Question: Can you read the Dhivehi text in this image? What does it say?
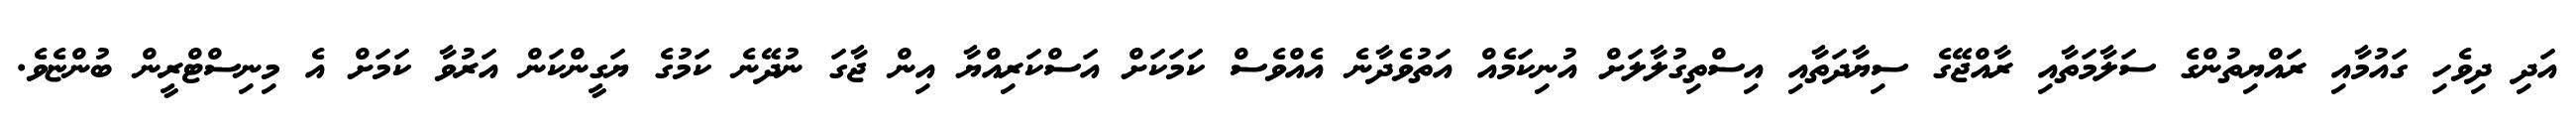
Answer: އަދި ދިވެހި ގައުމާއި ރައްޔިތުންގެ ސަލާމަތާއި ރާއްޖޭގެ ސިޔާދަތާއި އިސްތިގުލާލަށް އުނިކަމެއް އަތުވެދާނެ އެއްވެސް ކަމަކަށް އަސްކަރިއްޔާ އިން ޖާގަ ނުދޭނެ ކަމުގެ ޔަގީންކަން އަރުވާ ކަމަށް އެ މިނިސްޓްރީން ބުންޏެވެ.